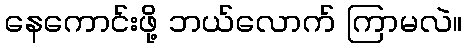
နေကောင်းဖို့ ဘယ်လောက် ကြာမလဲ။